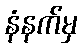
နံနက်မှ